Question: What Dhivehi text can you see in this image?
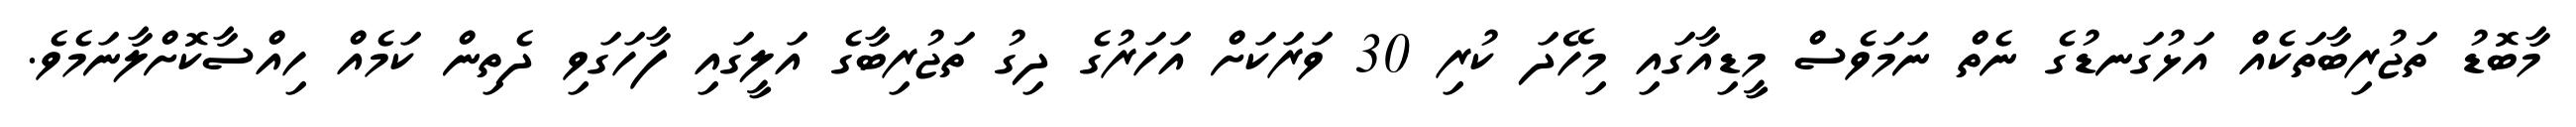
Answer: މާބޮޑު ތަޖުރިބާތަކެއް އަޅުގަނޑުގެ ނެތް ނަމަވެސް މީޑިއާގައި މިހޭދަ ކުރި 30 ވަރަކަށް އަހަރުގެ ދިގު ތަޖުރިބާގެ އަލީގައި ފާހަގަވި ދެތިން ކަމެއް ހިއްސާކޮށްލާނަމެވެ.